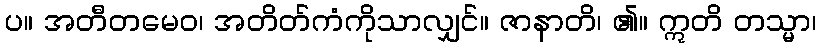
ပ။ အတီတမေဝ၊ အတိတ်ကံကိုသာလျှင်။ ဇာနာတိ၊ ၏။ ဣတိ တသ္မာ၊